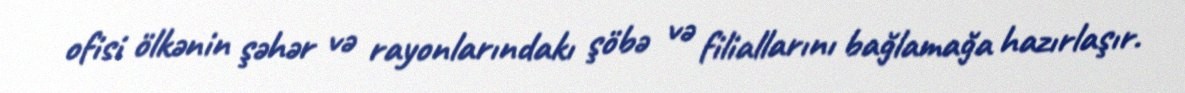
ofisi ölkənin şəhər və rayonlarındakı şöbə və filiallarını bağlamağa hazırlaşır.